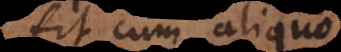
fit cum aliquo